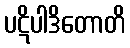
ပဋိပါဒိတောတိ